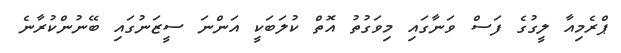
ޕްރެމިއާ ލީގުގެ ފަސް ވަނާގައި މިވަގުތު އޮތް ކުލަބަކީ އަންނަ ސީޒަނުގައި ބޭނުންކުރާނެ